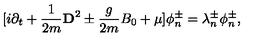
\lbrack i \partial _ { t } + \frac { 1 } { 2 m } { \bf D } ^ { 2 } \pm \frac { g } { 2 m } B _ { 0 } + \mu ] \phi _ { n } ^ { \pm } = \lambda _ { n } ^ { \pm } \phi _ { n } ^ { \pm } ,